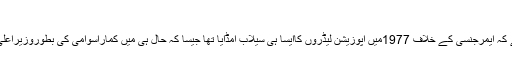
بی جے پی کے خلاف سب سے بڑا محاذ
اگر آپ کی یادداشت ساتھ دے رہی ہو تو یاد کیجئے کہ ایمرجنسی کے خلاف 1977میں اپوزیشن لیڈروں کاایسا ہی سیلاب امڈآیا تھا جیسا کہ حال ہی میں کماراسوامی کی بطوروزیراعلیٰ حلف برداری کے موقع پر بنگلور میں امڈ آیا ہے۔